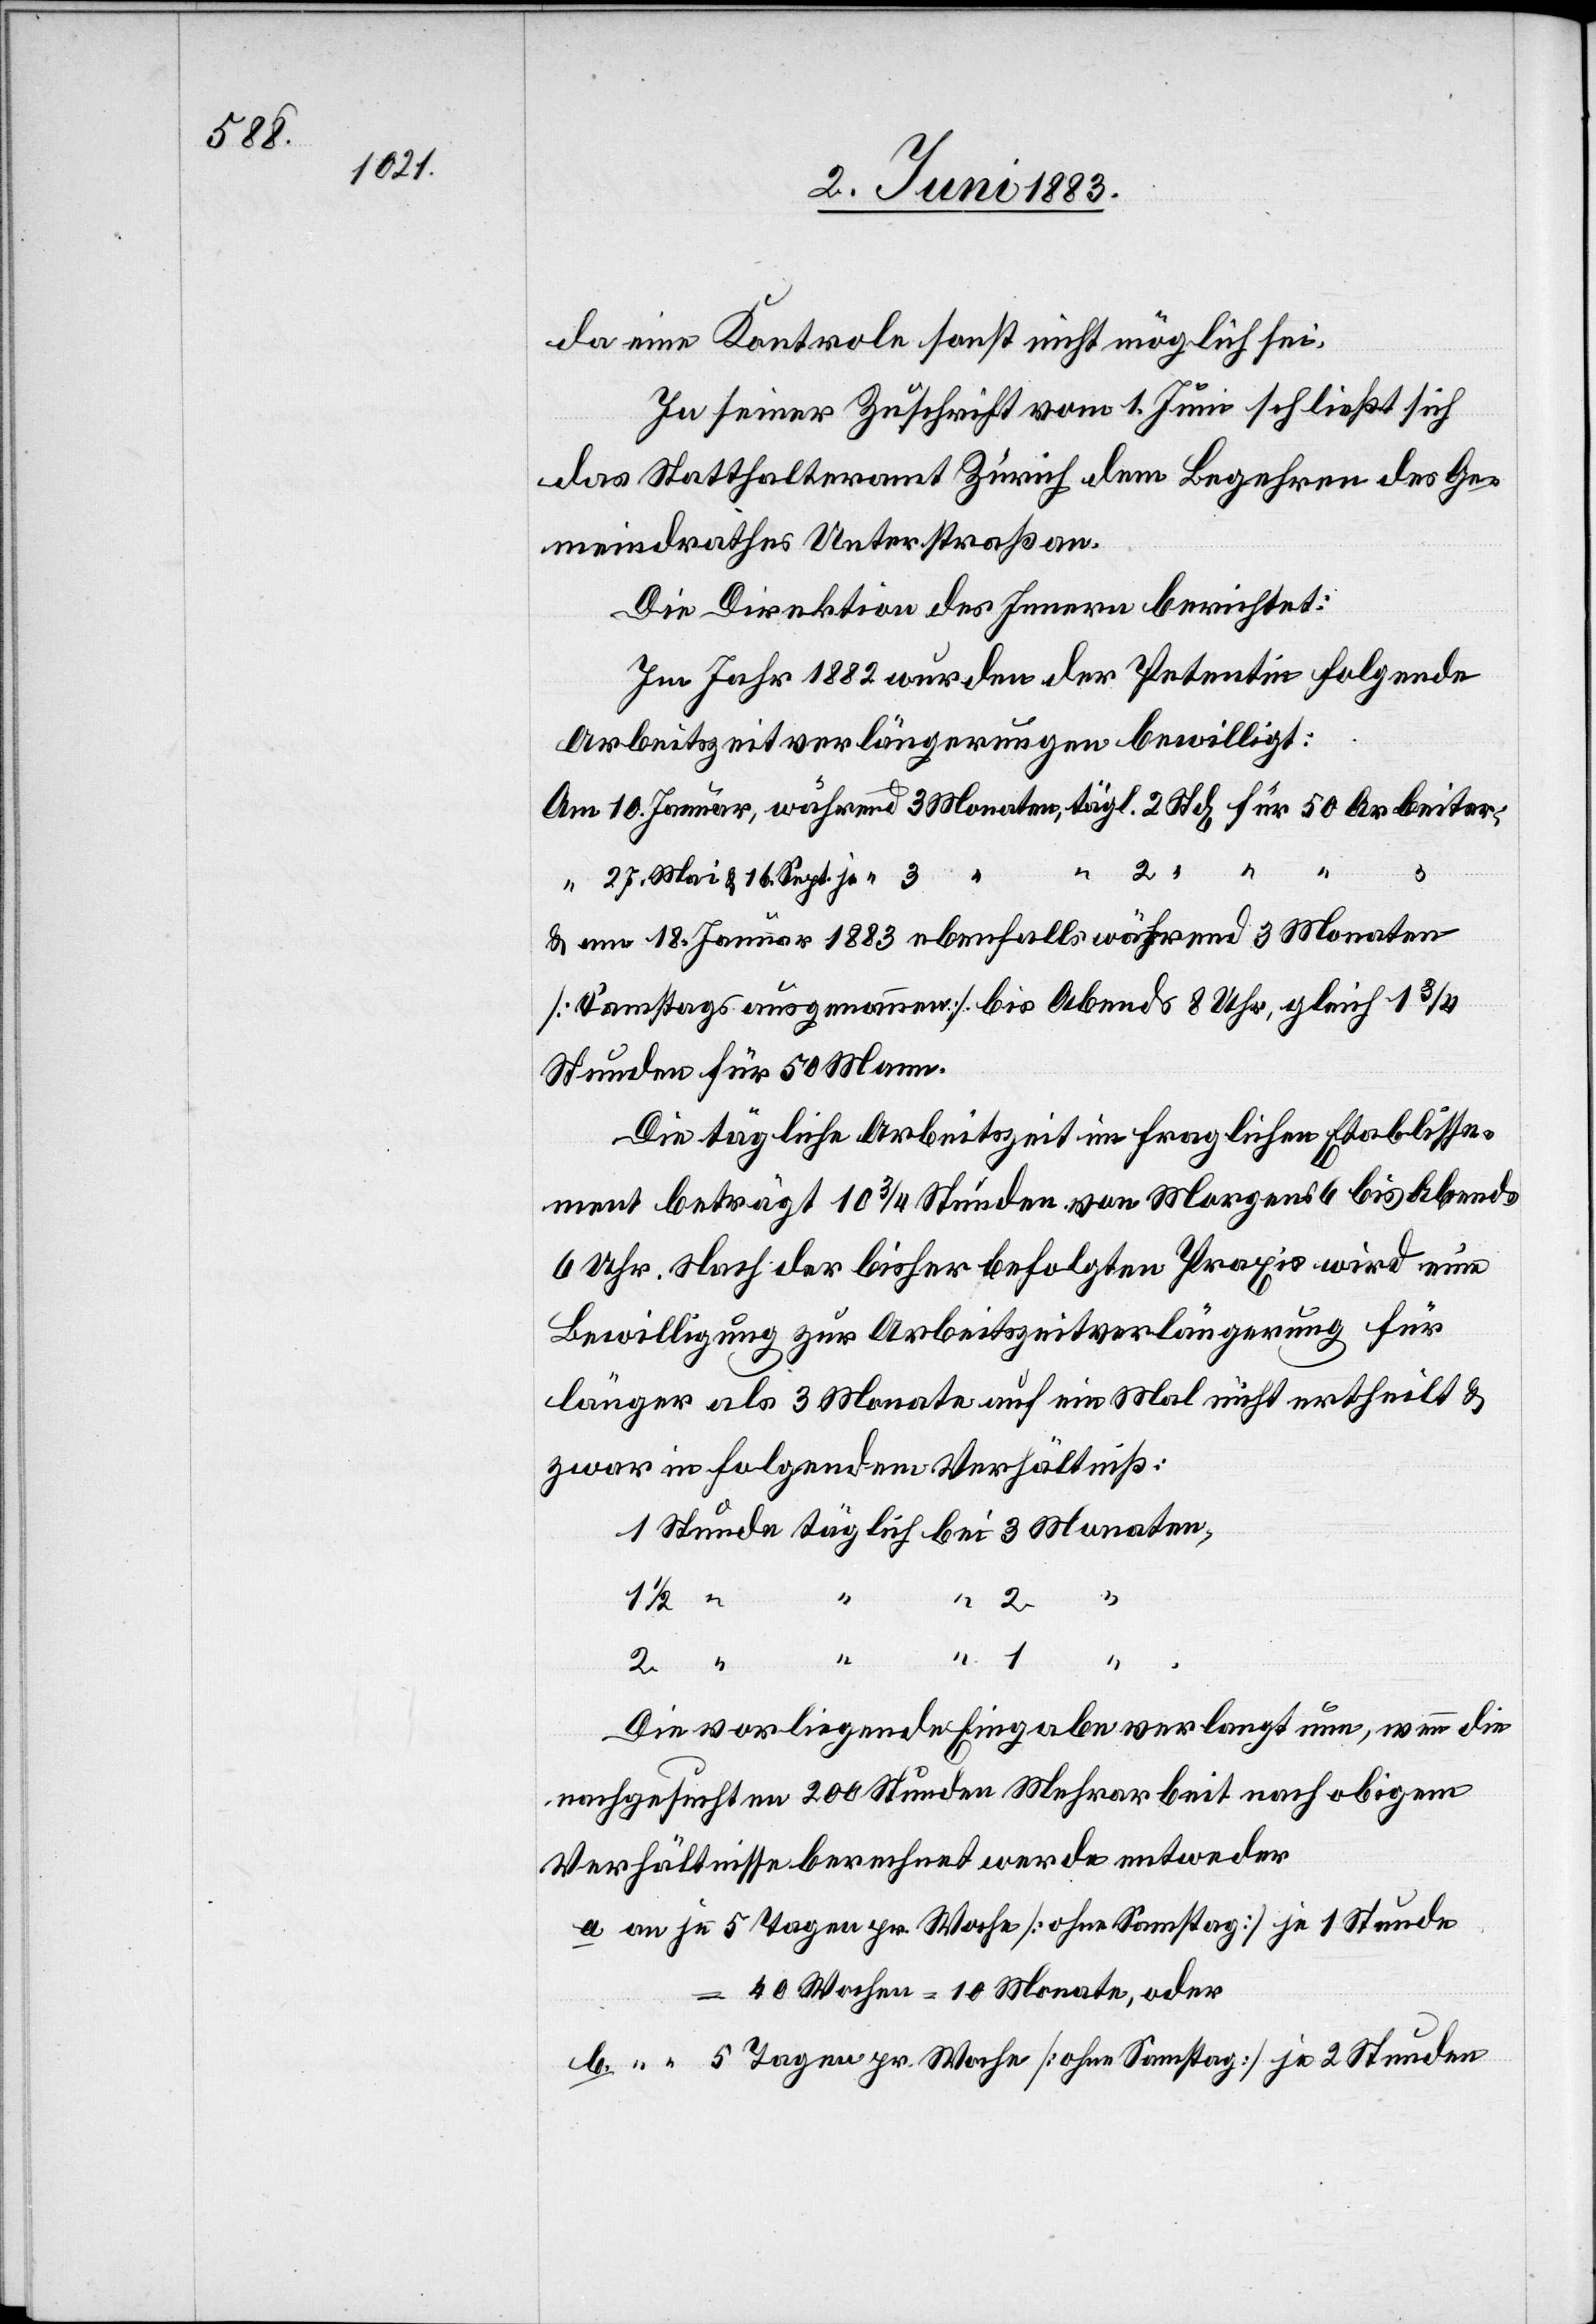
da eine Kontrole sonst nicht möglich sei.
In seiner Zuschrift vom 1. Juni schließt sich
das Statthalteramt Zürich dem Begehren des Ge¬
meindrathes Unterstraß an.
Die Direktion des Innern berichtet:
Im Jahr 1882 wurden der Petentin folgende
Arbeitszeitverlängerungen bewilligt.
& am 18. Januar 1883 ebenfalls während 3 Monaten
[Samstags ausgenommen] bis Abend 8 Uhr, gleich 1 3/4
Stunden für 50 Mann.
Die tägliche Arbeitszeit im fraglichen Etablisse¬
ment beträgt 10 3/4 Stunden von Morgens 6 bis Abends
6 Uhr. Nach der bisher befolgten Praxis wird eine
Bewilligung zur Arbeitszeitverlängerung für
länger als 3 Monate auf ein Mal nicht ertheilt &
zwar in folgendem Verhältniß:
2
1/2
1
ten,
1
Die vorliegende Eingabe verlangt nun, wenn die
nachgesuchten 200 Stunden Mehrarbeit nach obigem
Verhältnisse berechnet werden entweder
a an je 5 Tagen pr. Woche [ohne Samstag] je 1 Stunde
40 Wochen = 10 Monate, oder
b. “ “ 5 Tagen pr. Woche [ohne Samstag] je 2 Stunden